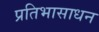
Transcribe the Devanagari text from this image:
प्रतिभासाधन